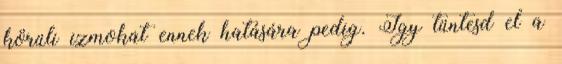
körüli izmokat ennek hatására pedig. Így tüntesd el a